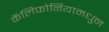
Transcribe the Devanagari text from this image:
कॅलिफोर्नियामधुन